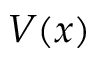
V ( x )